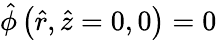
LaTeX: \hat{\phi}\left(\hat{r},\hat{z}=0,0\right)=0